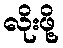
လိုးဖို့